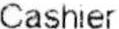
CASHIER